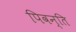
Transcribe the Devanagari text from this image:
पिवन्ति